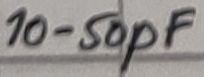
Text: 10-50pF